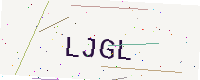
Text: LJGL